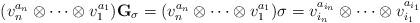
LaTeX: \begin{align*}{} (v_n^{a_n} \otimes \cdots \otimes v_1^{a_1}) \mathbf{G}_{\sigma}= ( v_n^{a_n}\otimes \cdots \otimes v_1^{a_1}) \sigma = v_{i_n}^{a_{i_n}}\otimes \cdots \otimes v_{i_1}^{a_{i_1}}\end{align*}